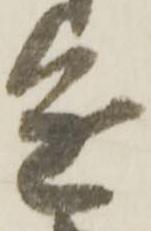
進